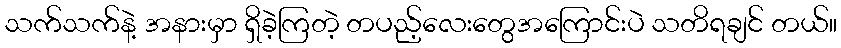
သက်သက်နဲ့ အနားမှာ ရှိခဲ့ကြတဲ့ တပည့်လေးတွေအကြောင်းပဲ သတိရချင် တယ်။